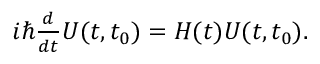
\begin{array} { r } { i \hbar \frac { d } { d t } U ( t , t _ { 0 } ) = H ( t ) U ( t , t _ { 0 } ) . } \end{array}